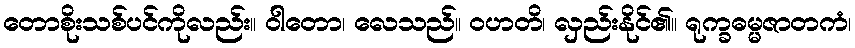
တောစိုးသစ်ပင်ကိုလည်း။ ဝါတော၊ လေသည်။ ဝဟတိ၊ လှည်းနိုင်၏။ ရုက္ခဓမ္မဇာတကံ၊